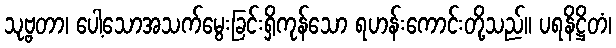
သုဗ္ဗတာ၊ ပေါ့သောအသက်မွေးခြင်းရှိကုန်သော ရဟန်းကောင်းတို့သည်။ ပရနိဋ္ဌိတံ၊